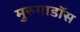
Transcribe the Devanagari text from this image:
मुरुगाडॉस